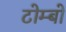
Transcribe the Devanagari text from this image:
टोम्बो